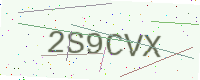
Text: 2S9CVX